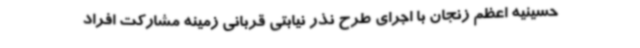
حسینیه اعظم زنجان با اجرای طرح نذر نیابتی قربانی زمینه مشارکت افراد